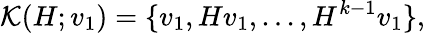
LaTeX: \mathcal{K}(H;v_{1})=\{ v_{1},Hv_{1},...,H^{k-1}v_{1}\} ,